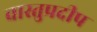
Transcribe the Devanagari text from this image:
वास्तुप्रदीप